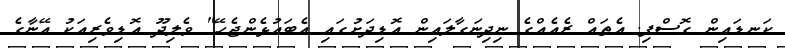
ކަނޑައިން ގޮސްފި. އެތައް ރެއެއްގެ ނިދިނަގާލައިން އޮޑިދަށުގައި އެބައުޅެންޖެހޭ" ވެލިދޫ އޮޑިވެރިއަކު އޭނާގެ